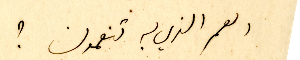
العمر الذي به تنعمون ؟